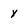
Character: y